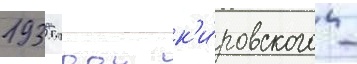
1935 году к'и́ровского -